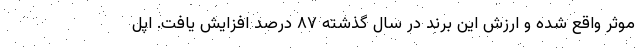
موثر واقع شده و ارزش این برند در سال گذشته ۸۷ درصد افزایش یافت. اپل